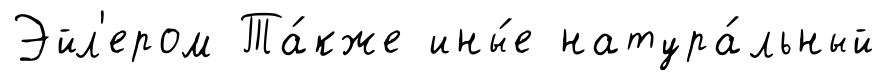
Эйл'ером Та́кже ины́е натура́льный